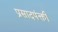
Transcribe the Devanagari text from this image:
प्रसादपंक्ती